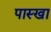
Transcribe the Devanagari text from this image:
पास्खा